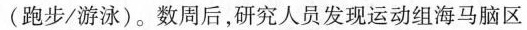
(跑步/游泳)。数周后，研究人员发现运动组海马脑区